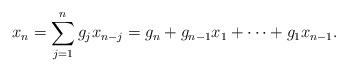
LaTeX: \begin{align*}x_{n}=\sum_{j=1}^{n}g_{j}x_{n-j}=g_{n}+g_{n-1}x_{1}+\dots+g_{1}x_{n-1}.\end{align*}